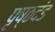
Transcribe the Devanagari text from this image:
पृष्ठदंड